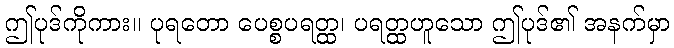
ဤပုဒ်ကိုကား။ ပုရတော ပေစ္စပရတ္ထ၊ ပရတ္ထဟူသော ဤပုဒ်၏ အနက်မှာ